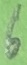
Text: 6